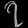
Digit: ၇